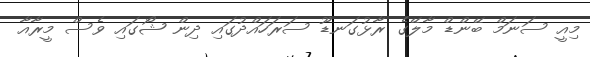
މިއީ ސަނަމް ބޭންޑް މާލޭގެ ރާޅުގަނޑޫ ސަރަހައްދުގައި ދިން ޝޯގައި ވެސް މީރާއާ